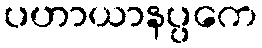
ပဟာယာနပ္ပကေ